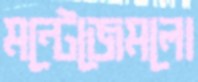
মন্টেজেমলো